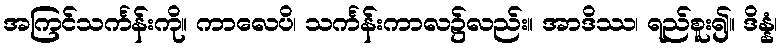
အကြင်သင်္ကန်းကို။ ကာလေပိ၊ သင်္ကန်းကာလ၌လည်း။ အာဒိဿ၊ ရည်စူး၍။ ဒိန္နံ၊